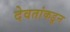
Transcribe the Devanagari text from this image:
देवतांकडून